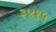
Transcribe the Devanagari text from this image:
३४१५